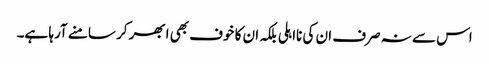
اس سے نہ صرف ان کی نااہلی بلکہ ان کا خوف بھی ابھر کر سامنے آرہا ہے۔